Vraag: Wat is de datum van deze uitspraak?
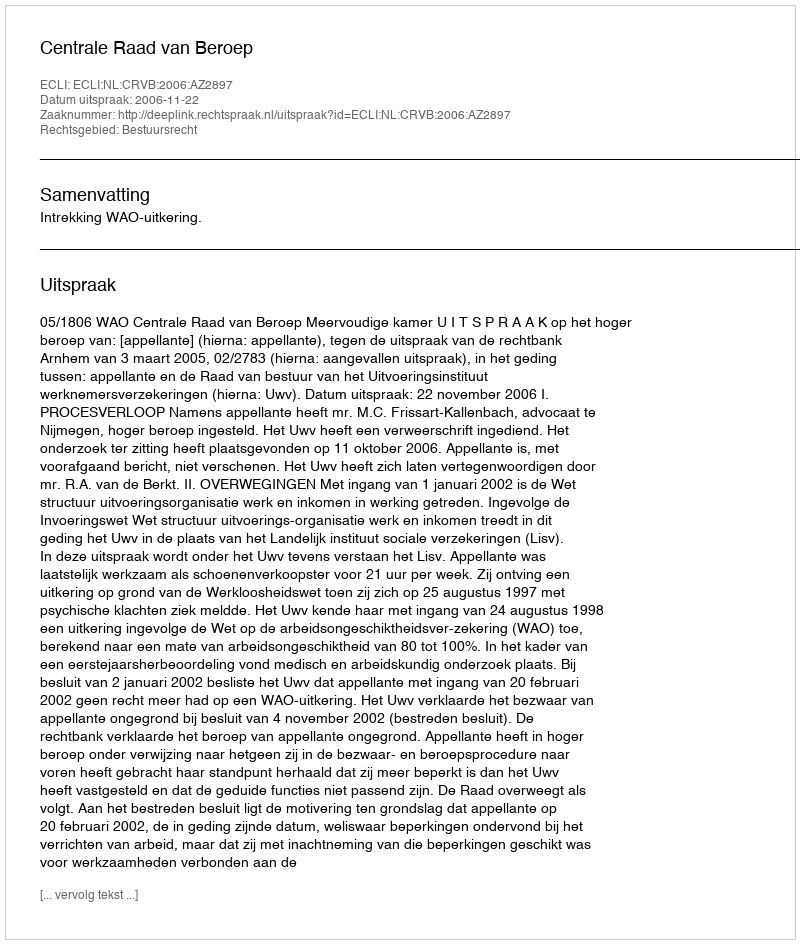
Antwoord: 2006-11-22